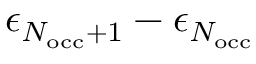
\epsilon _ { N _ { \mathrm { o c c } } + 1 } - \epsilon _ { N _ { \mathrm { o c c } } }